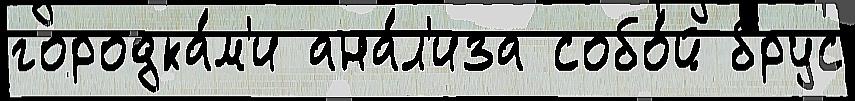
городка́м'и ана́л'иза собо́й брус